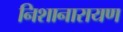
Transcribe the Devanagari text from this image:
निशानारायण